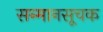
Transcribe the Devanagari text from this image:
सन्मानसूचक